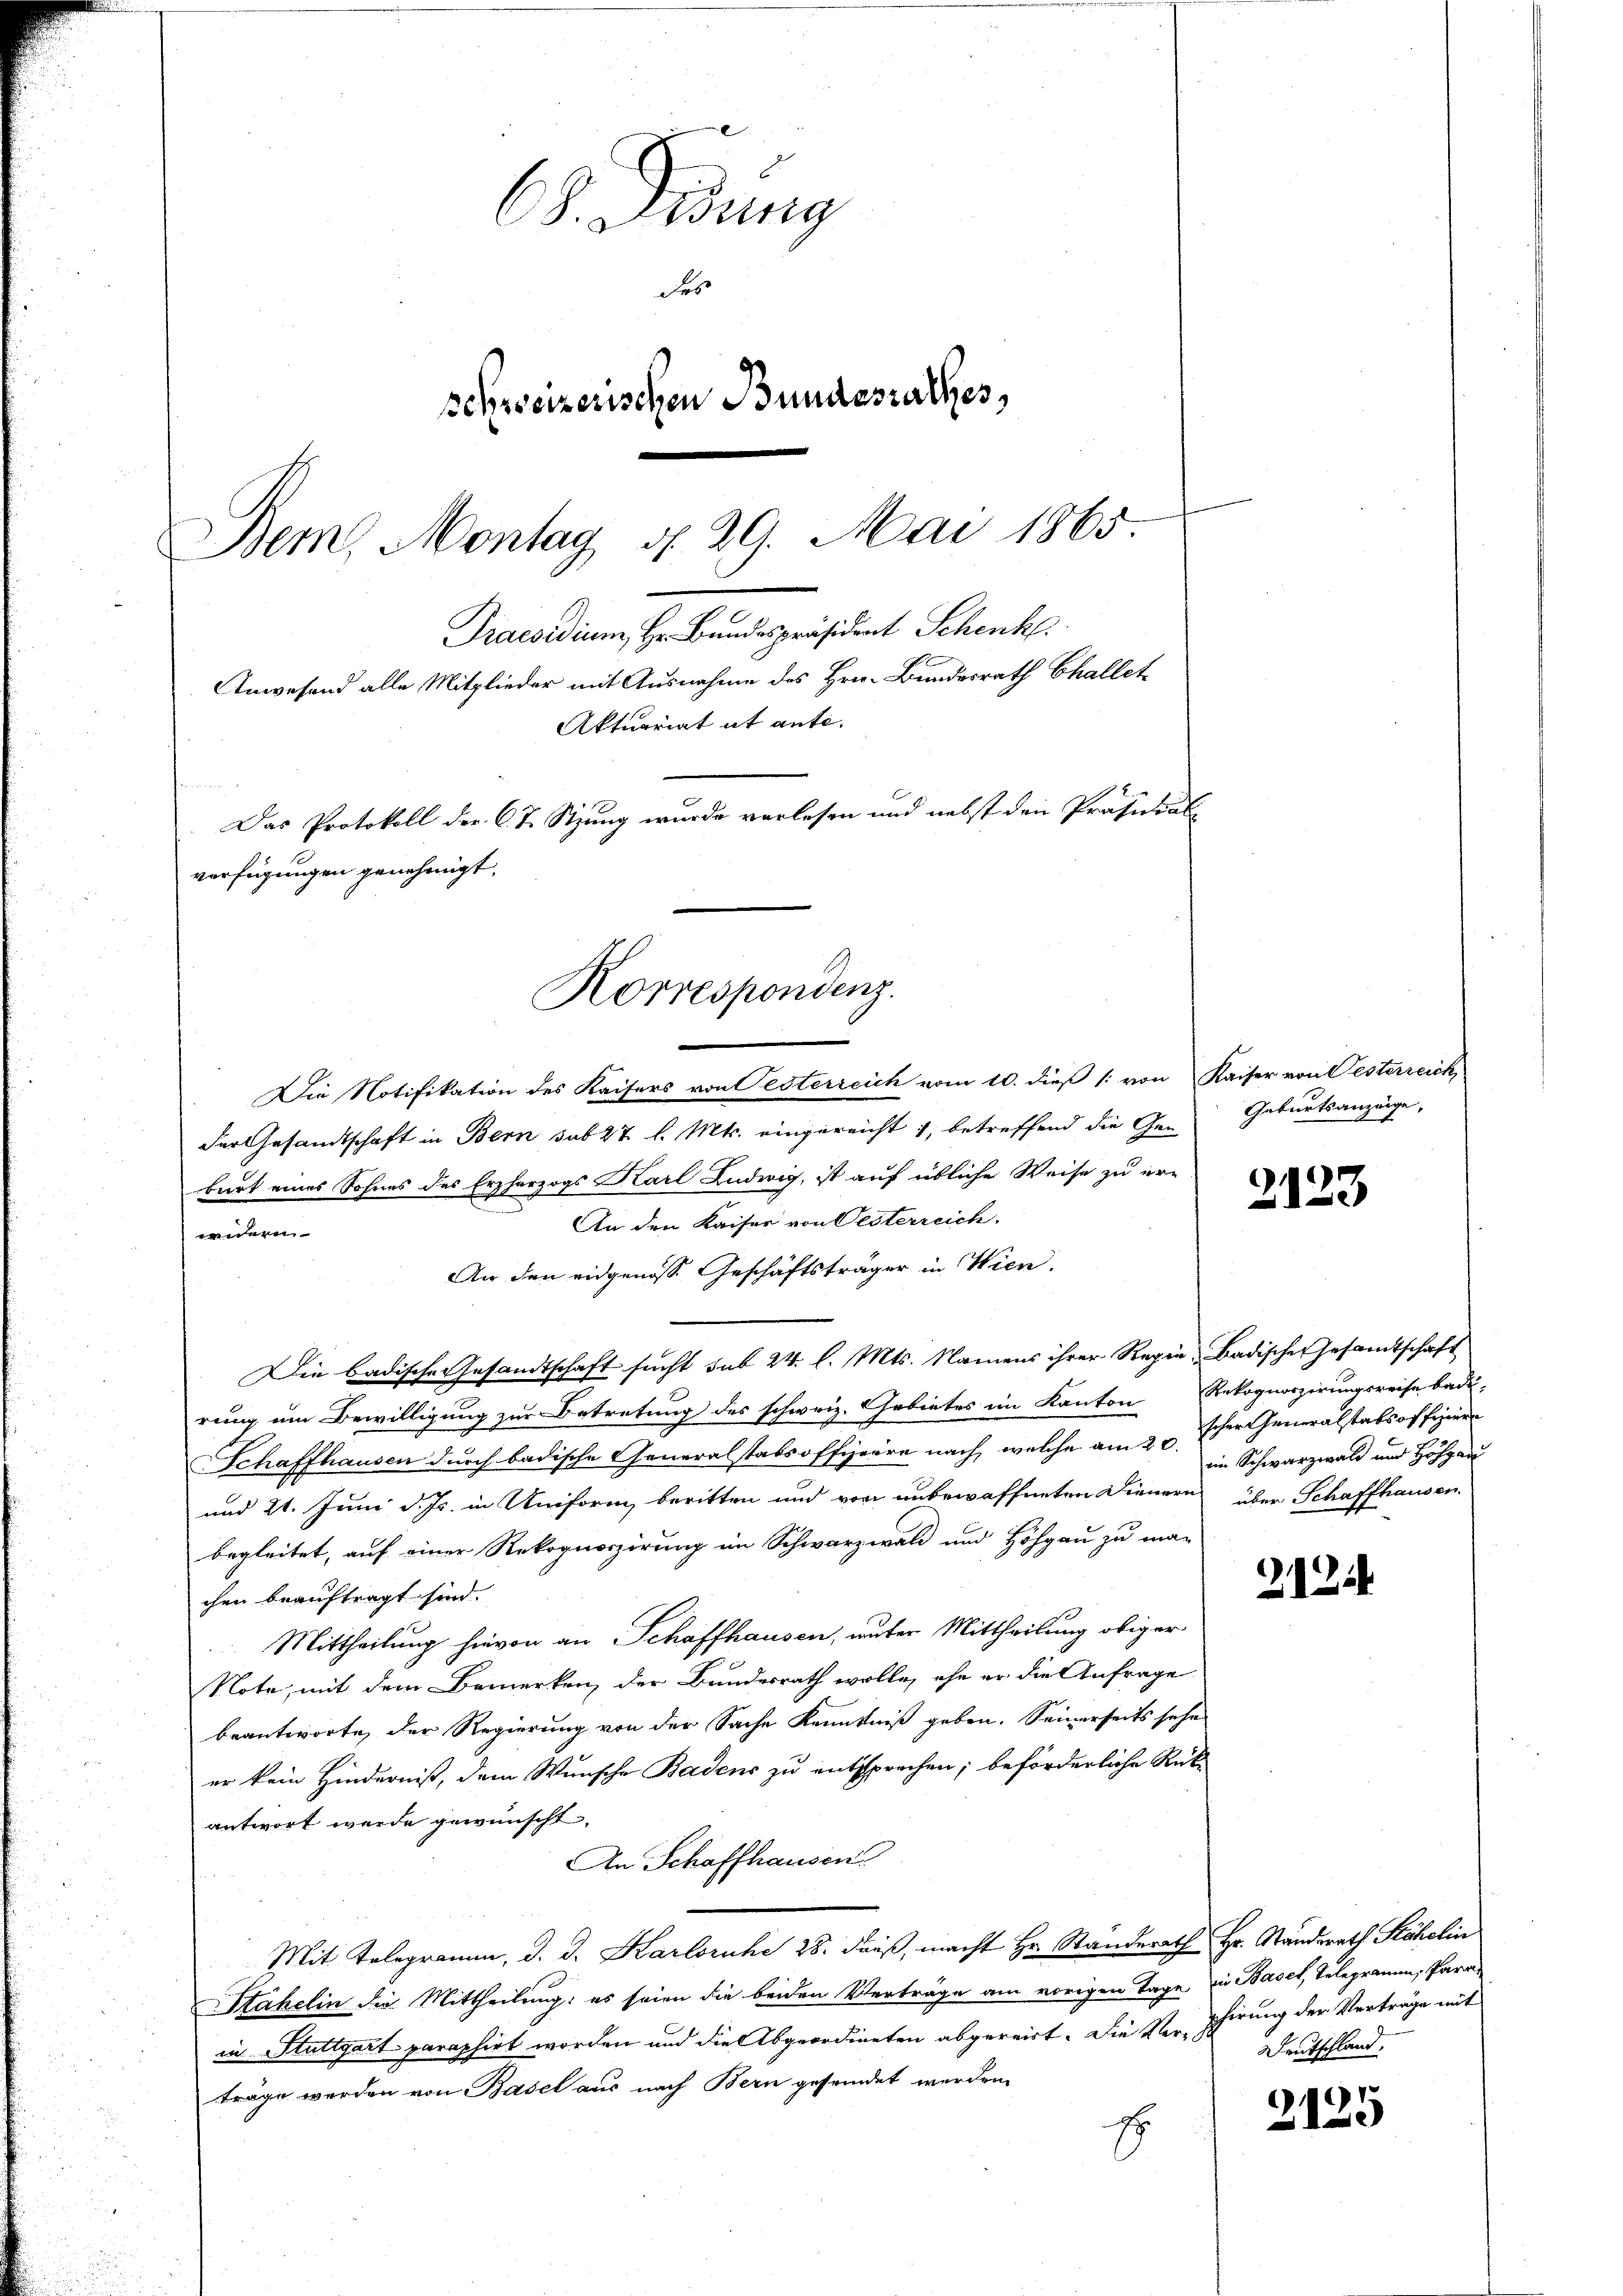
6. Gesung
des
schweizerischen Bundesrathes,
Bem, Montag d. 29. Mai 1865
Praesidium, Hr. Bundespräsident Schenk.
Anwesend alle Mitglieder mit Ausnahme des Hrn. Bundesrath Challet
Aktuariat it ante.
Das Protokoll der C. J. Stzung wurde verlesen und nebst den Präsidial-
verfügungen genehmigt.

Die Notifikation des Kaisers von Oesterreich vom 10. dieß [ von Kaiser von Festerreich
der Gesandtschaft in Bern sub 27 l. Mts. eingereicht 1, betreffend die Gen Geburtsanzeige,
burt eines Sohnes des Erzherzogs Karl Ludwig, ist auf übliche Weise zu er-
An den Kaiser von Oesterreich.
wedern
An den eidgenoss Geschäftsträger in Wien.
Die badische Gesandtschaft sucht sub 24. l. Mts. Namens ihrer Regie, Badischer Gesamtschaft
rung um Bewilligung zur Betretung des schweiz. Gebietes im Kanton Rekognoszirungsreise badi-
Schaffhausen durch badische Generalstabsoffiziere nach, welche am 2. in Schwarzwald und Höhgau
und 21. Juni d. Js. in Uniform, beritten und von unbewaffneten Dienern über Schaffhausen.
begleitet, auf einer Rekognoszirung im Schwarzwald und Höhgau zu ma-
chen beauftragt sind.
Mittheilung hievon an Schaffhausen, unter Mittheilung obiger
Note, mit dem Bemerken, der Bundesrath wolle, ehe er die Anfrage
beantworte, der Regierung von der Sache Kenntniß geben. Seinerseits sehe
er kein Hinderniß, dem Wunsche Badens zu entsprechen; beförderliche Rück-
antwort werde gewünscht.
An Schaffhausen
Mit Telegramm, d. d. Karlsruhe 28. daβ macht Hr. Standerath Hr. Standerath Stähelin
Stahelin die Mittheilung: es seien die beiden Verträge am vorigen Tage die Basel, Telegramm, Paras
in Stuttgart paraphirt worden und die Abgeordneten abgereitt. Die Verpfirung der Verträge mit
trage werden von Basel aus nach Bern gesendet werden.
E

Korrespondenz.

2123

scher Generalstabsoffizier

2124

Deutschland.

2125